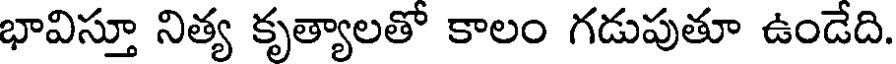
భావిస్తూ నిత్య కృత్యాలతో కాలం గడుపుతూ ఉండేది.